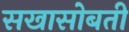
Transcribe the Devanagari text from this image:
सखासोबती